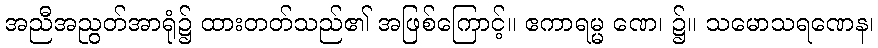
အညီအညွတ်အာရုံ၌ ထားတတ်သည်၏ အဖြစ်ကြောင့်။ ဧကာရမ္မ ဏေ၊ ၌။ သမောသရဏေန၊